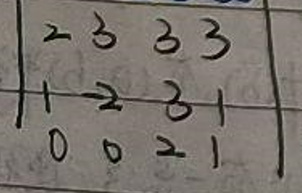
\[
\begin{vmatrix}
2&3&3&3\\
1&2&3&1\\
0&0&2&1
\end{vmatrix}
\]